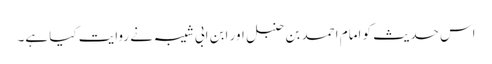
اس حدیث کو امام احمد بن حنبل اور ابن ابی شیبہ نے روایت کیا ہے۔